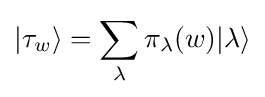
|\tau _{w}\rangle =\sum _{\lambda }\pi _{\lambda }(w)|\lambda \rangle